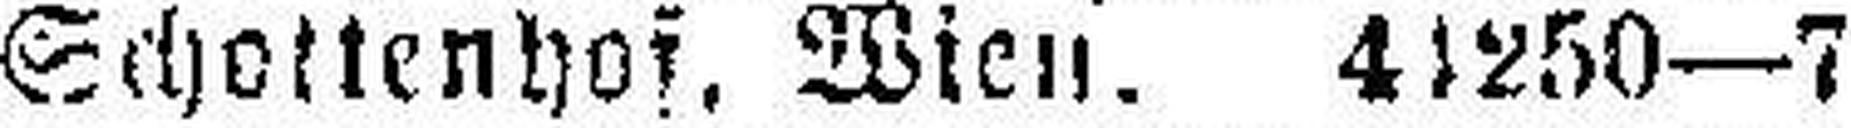
bühler, Schottenhof, Wien. 41250—7